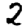
Digit: 2